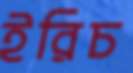
ইরিচ